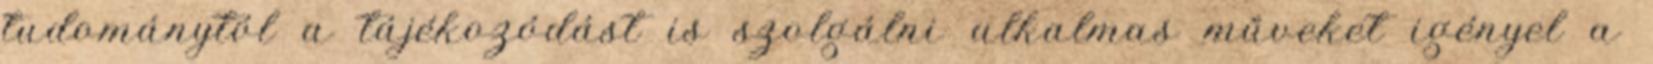
tudománytól a tájékozódást is szolgálni alkalmas műveket igényel a